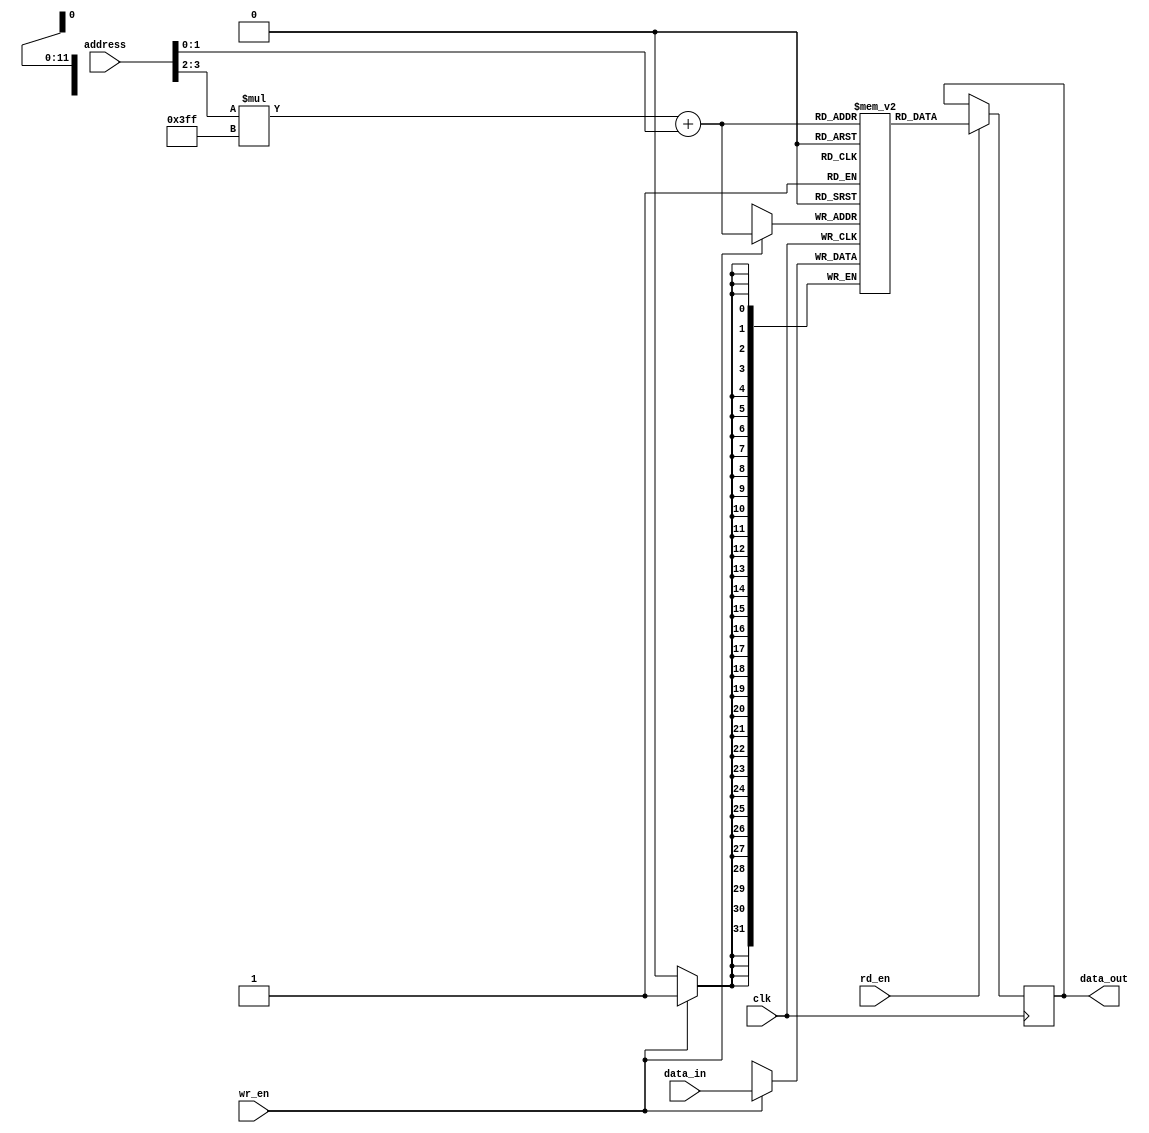
module MemoryBlocks_HBM (
    input wire clk,
    input wire [ADDR_WIDTH-1:0] address,
    input wire [DATA_WIDTH-1:0] data_in,
    input wire wr_en,
    input wire rd_en,
    output reg [DATA_WIDTH-1:0] data_out
);

parameter ADDR_WIDTH = 10;
parameter DATA_WIDTH = 32;
parameter NUM_BLOCKS = 4;

reg [DATA_WIDTH-1:0] memory[NUM_BLOCKS][(2**ADDR_WIDTH)-1];

always @ (posedge clk) begin
    if (wr_en) begin
        memory[address[NUM_BLOCKS-1:NUM_BLOCKS-2]][address[NUM_BLOCKS-3:0]] <= data_in;
    end
    if (rd_en) begin
        data_out <= memory[address[NUM_BLOCKS-1:NUM_BLOCKS-2]][address[NUM_BLOCKS-3:0]];
    end
end

endmodule